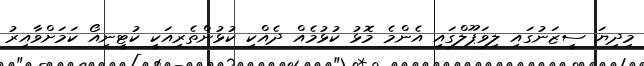
މިދިޔަ ސީޒަނުގައި ލިވަޕޫލްގައި އެންމެ މޮޅު ކުޅުމެއް ދެއްކި ކުޅުންތެރިއަކީ ކުޓީނިއޯ ކަމަށްވާއިރު